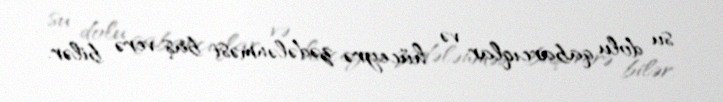
su dolu qabarcıqlar və hüceyrə zədələnməsi baş verə bilər.